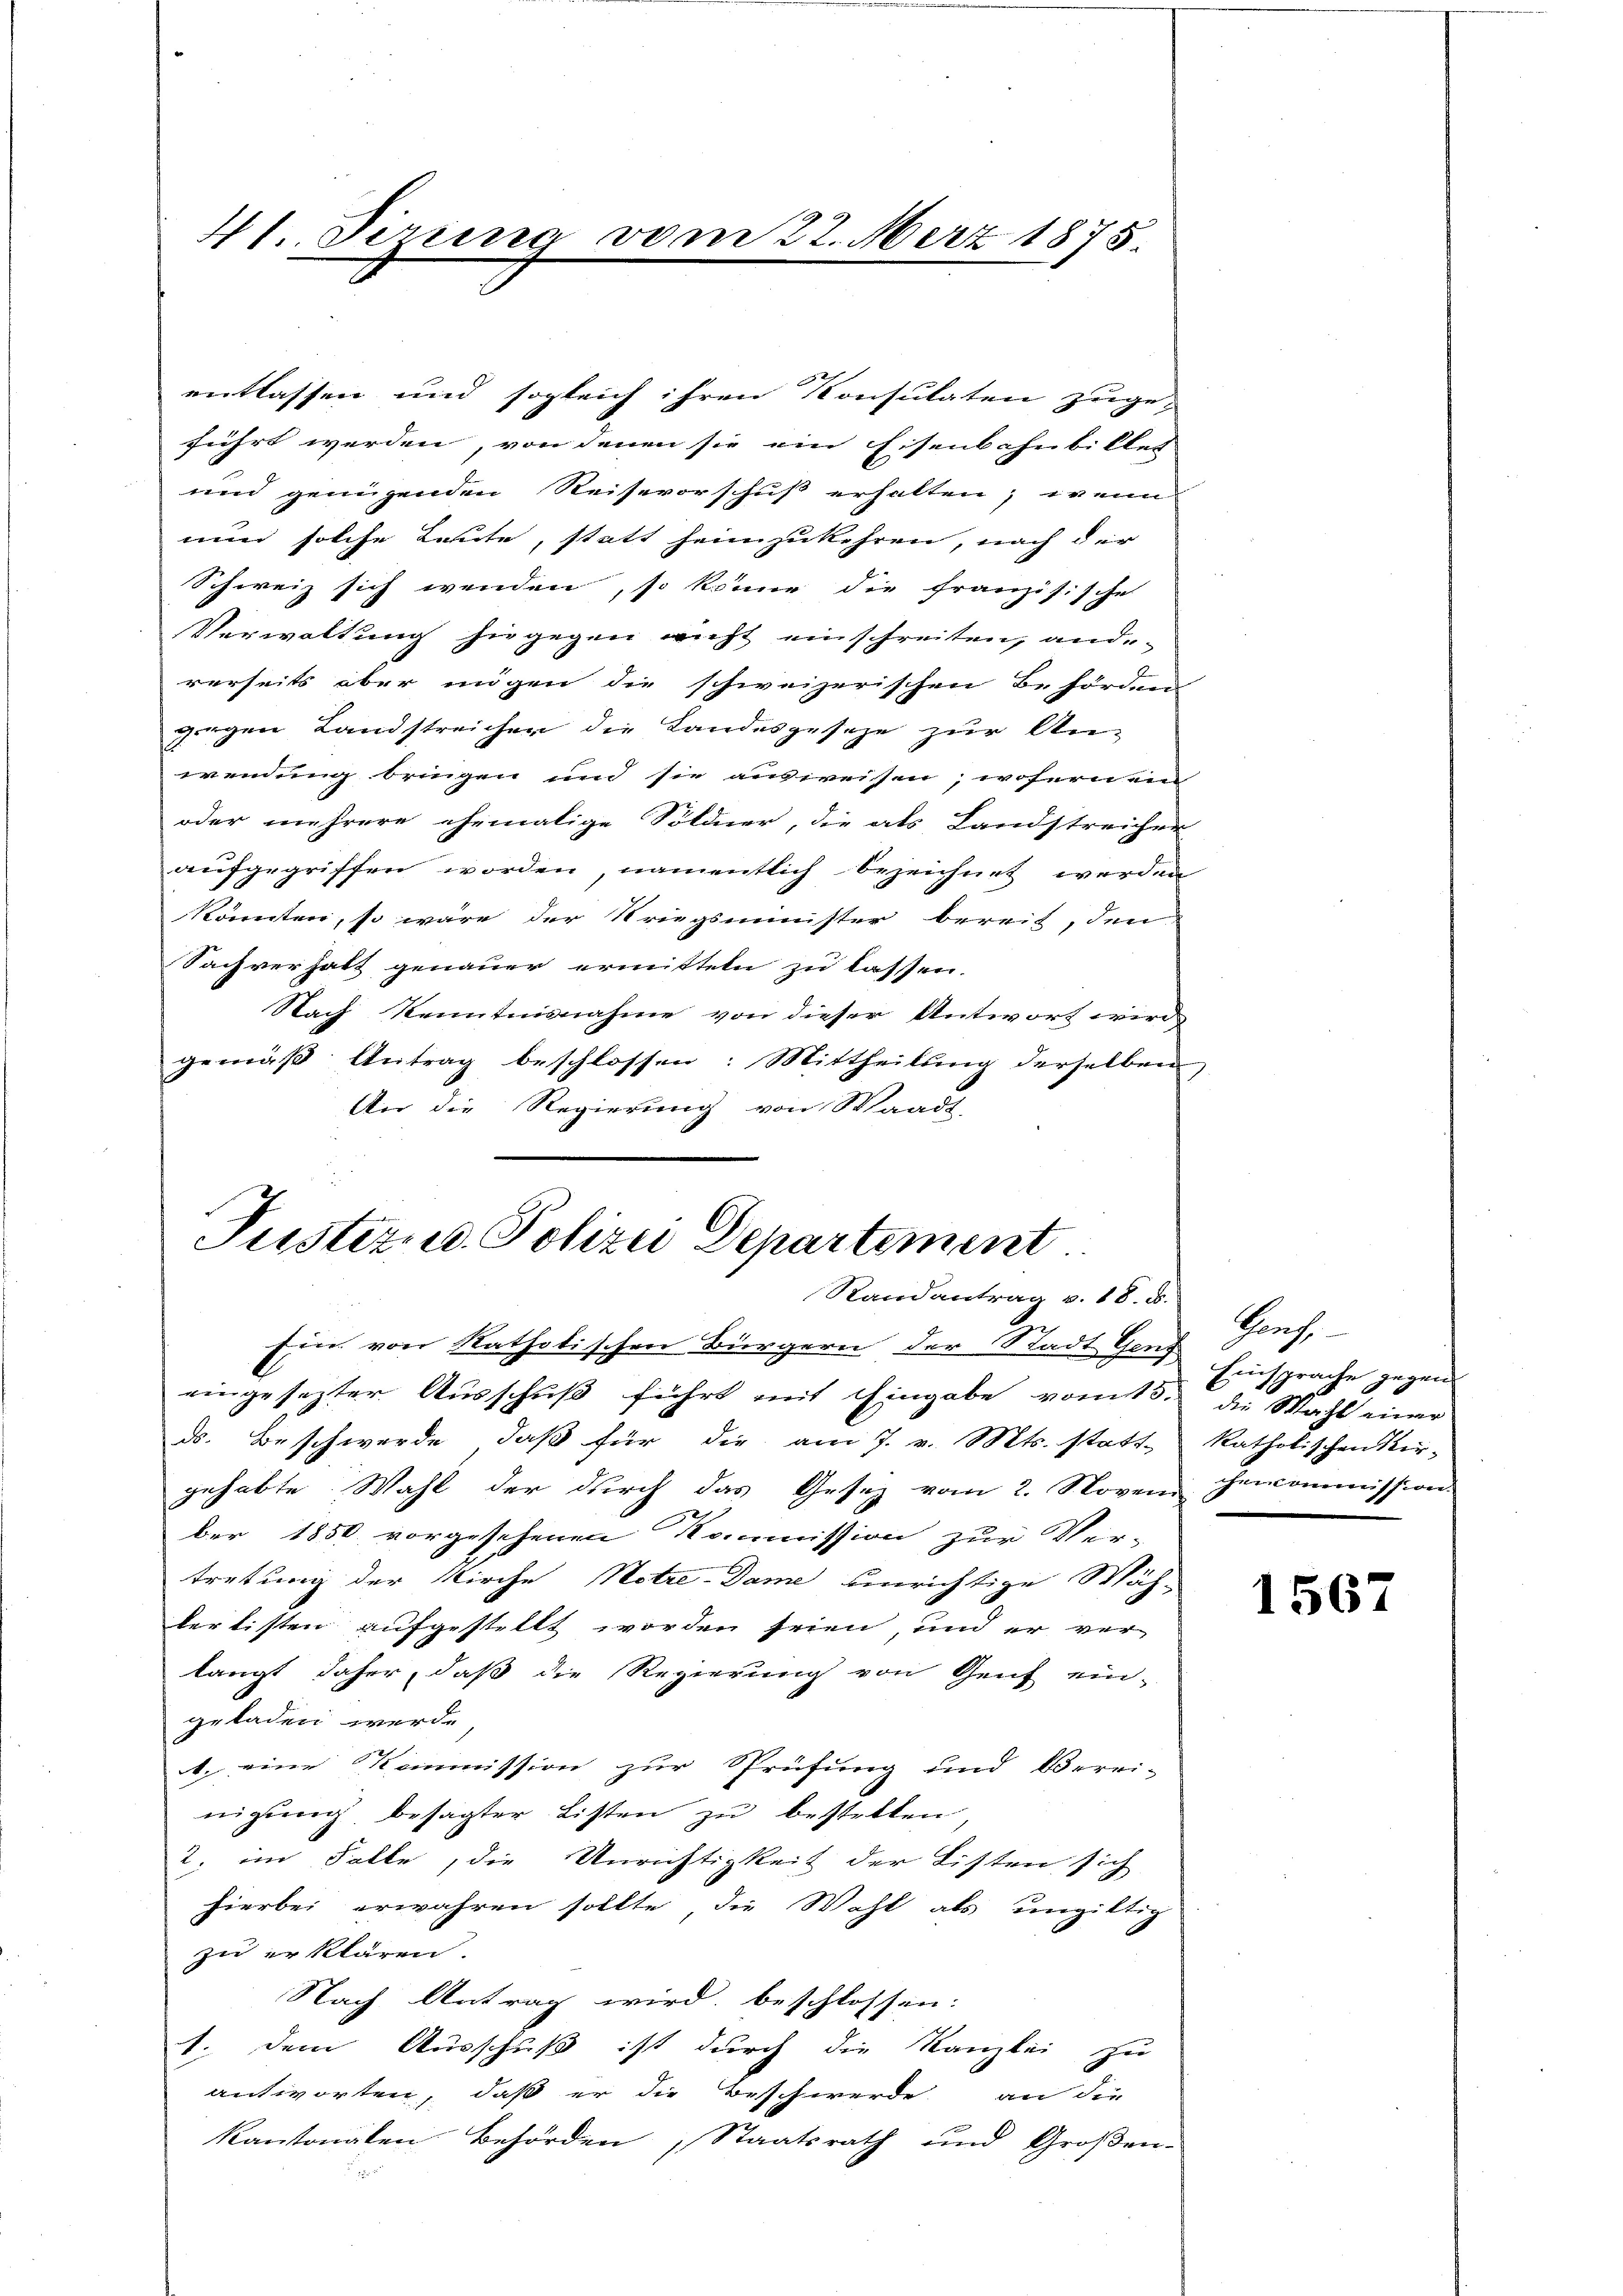
41 Serien

vom 22. März 1875.

führt werden, von denen sie ein Eisenbahnbillet
und genügenden Reisevorschuß erhalten, wenn
nun solche Leute, statt heimzukehren, nach der
Schweiz sich wenden, so könne die Französische
Verwaltung hiegegen nicht einschreiten, and
rerseits aber mögen die schweizerischen Behörden
gergen Landstreicher die Landesgeseze zur An-
wendung bringen und sie ausweisen, wofern ein
oder mehrere ehemalige Söldner, die als Landstreicher
aufgegriffen worden, namentlich bezeichnet werden
könnten, so wäre der Kriegsminister bereit, den
Sachverhalt genauer ermitteln zu lassen.
Nach Kenntnisnahme von dieser Antwort wird
gemäß Antrag beschlossen: Mittheilung derselben
An die Regierung von Waadt,

entlassen und sogleich ihren Konsulaten zuge-

Pustern Polizei Departement
Randantrag v. 18. d.
Ein von katholischen Bürgern der Stadt Genf Einsprache gegen

eingesezter Ausschuß führt mit Eingabe vom 5. die Wahl einer
ds. Beschwerde, daß für die am 7. v. Mts. statt, katholischen Kir-
gehabte Wahl der durch das Gesetz vom 2. Noven Ehemommission
ber 1850 vorgesehenen Kommission zur Ver-
tretung der Kirche Notze-Dame einrichtige Wäh-
bertisten aufgestellt worden seien, und er ver-
langt daher, daß die Regierung von Genf ein-
geladen werde
1. eine Kommission zur Sprüfung und Verri-
nigŭng besagter Listen zu bestellen,
2. im Falle, die Unrichtigkeit der Listen sich
hierbei erwahren sollte die Wahl als ungültig
zu erklären.
Nach Antrag wird, beschlossen:
1. dem Ausschuß ist durch die Kanzlei zu
antworten, daß er die Beschwerde an die
kantonalen Behörden Staatsrath und Großen

2.

Prof.

1567